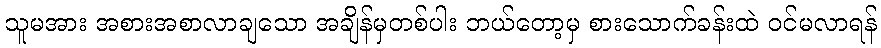
သူမအား အစားအစာလာချသော အချိန်မှတစ်ပါး ဘယ်တော့မှ စားသောက်ခန်းထဲ ဝင်မလာရန်